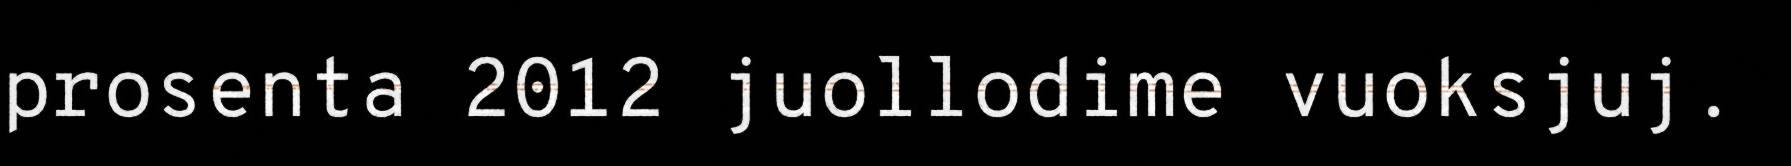
prosenta 2012 juollodime vuoksjuj.